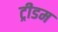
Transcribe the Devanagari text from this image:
ट्रीडम